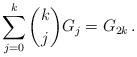
LaTeX: \begin{align*}\sum_{j = 0}^k {\binom kjG_j } = G_{2k}\,.\end{align*}